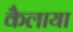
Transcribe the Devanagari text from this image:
कैलाया